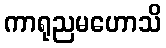
ကာရုညမဟောသိ